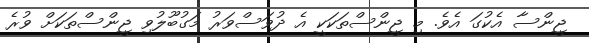
ޖީންސާ އެކުގަ އެވެ. މި ޖީންސްތަކަކީ އެ ދުވަސްވަރު މަގުބޫލުވި ޖީންސްތަކަށް ވުރެ